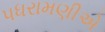
પધરામણીએ